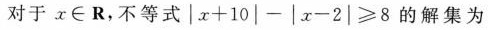
对于x∈R，不等式|x+10|-|x-2|≥8的解集为